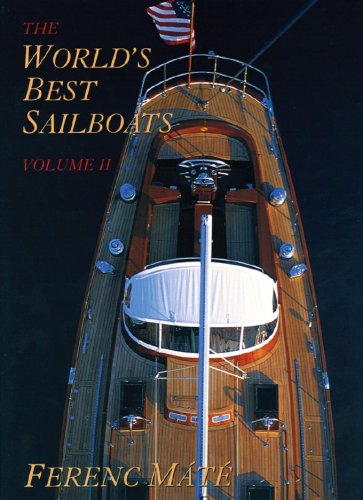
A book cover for The World's Best Sailboats, Volume 2; Ferenc MÃ¡tÃ©; Arts & Photography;